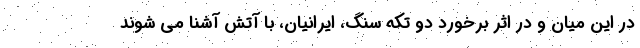
در این میان و در اثر برخورد دو تکه سنگ، ایرانیان، با آتش آشنا می شوند